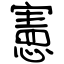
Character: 憲